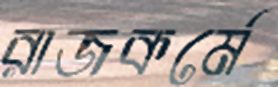
রাজকর্মে